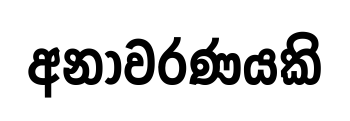
අනාවරණයකි